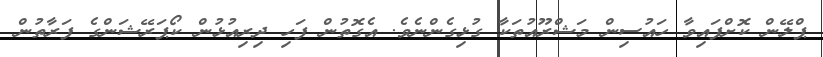
ޕްލޭން ކޮށްފައިވާ ހައުސިން މަޝްރޫއުތަކާ ގުޅިގެންނެވެ. އެގޮތުން ފަހި ދިރިއުޅުން ކޯޕަރޭޝަންގެ ފަރާތުން